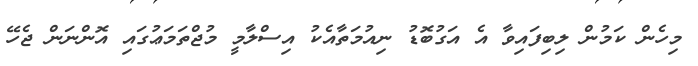
މިހެން ކަމުން ލިބިފައިވާ އެ އަގުބޮޑު ނިއުމަތާއެކު އިސްލާމީ މުޖްތަމަޢުގައި އޮންނަން ޖެހޭ